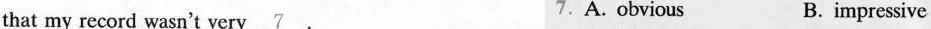
that my record wasn't very\underline{7} .A.Obvious B. impressive